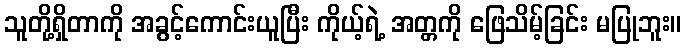
သူတို့ရှိတာကို အခွင့်ကောင်းယူပြီး ကိုယ့်ရဲ့ အတ္တကို ဖြေသိမ့်ခြင်း မပြုဘူး။